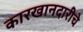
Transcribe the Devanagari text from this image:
कारखानदारीचे